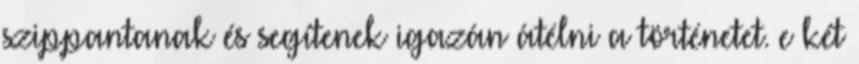
szippantanak és segítenek igazán átélni a történetet. e két